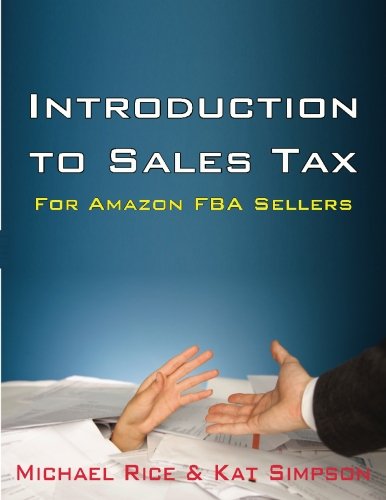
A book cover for Introduction to Sales Tax for Amazon FBA Sellers: Information and Tips to Help FBA Sellers Understand Tax Law; Michael K Rice; Business & Money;